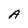
Character: A